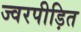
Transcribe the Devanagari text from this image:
ज्वरपीड़ित